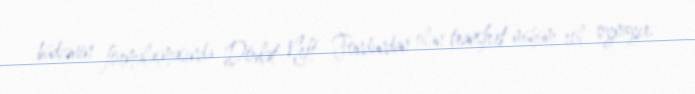
büdcənin formalaşmasında Dövlət Neft Fondundan olan transfert mühüm rol oynayır.